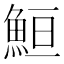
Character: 䱎